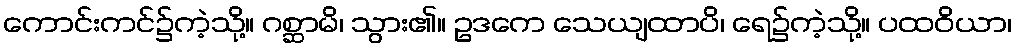
ကောင်းကင်၌ကဲ့သို့။ ဂစ္ဆာမိ၊ သွား၏။ ဥဒကေ သေယျထာပိ၊ ရေ၌ကဲ့သို့။ ပထဝိယာ၊